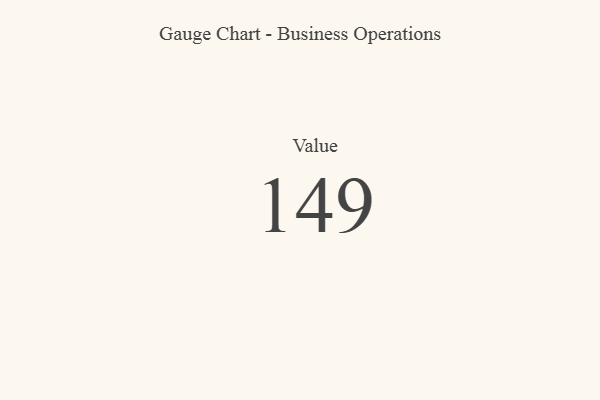
{"axis": {"x": "Metric", "y": "Value"}, "legend": [""], "data": [{"x": "Value", "y": 149, "type": ""}]}